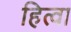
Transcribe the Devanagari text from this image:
हित्वा